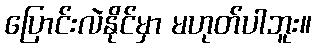
ပြောင်းလဲနိုင်မှာ မဟုတ်ပါဘူး။